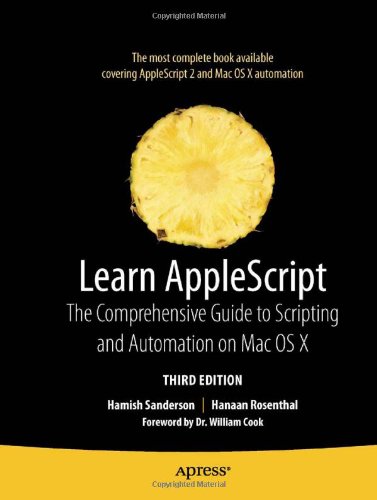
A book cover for Learn AppleScript: The Comprehensive Guide to Scripting and Automation on Mac OS X (Learn (Apress)); Hamish Sanderson; Computers & Technology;